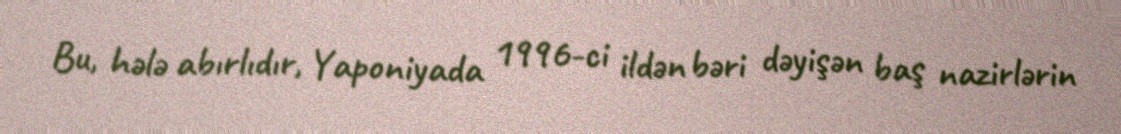
Bu, hələ abırlıdır, Yaponiyada 1996-ci ildən bəri dəyişən baş nazirlərin